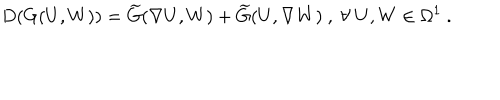
LaTeX: D ( G ( U , W ) ) = \widetilde { G } ( \nabla U , W ) + \widetilde { G } ( U , \nabla W ) ~ , ~ \forall ~ U , W \in \Omega ^ { 1 } ~ .